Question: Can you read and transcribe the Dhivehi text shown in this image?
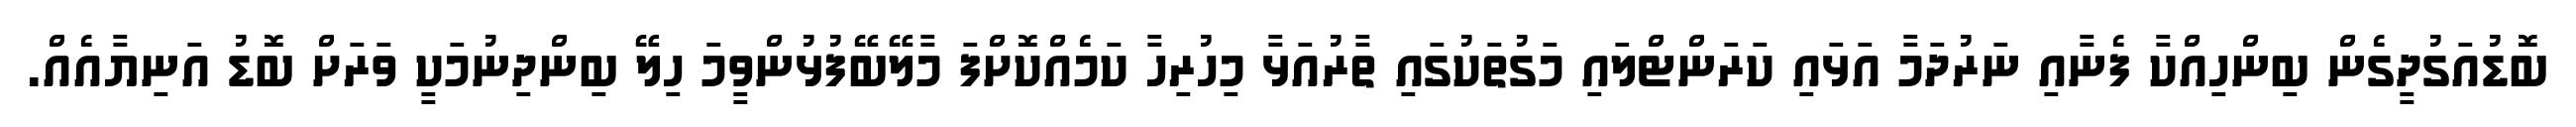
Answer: ބޮޑުއަގުދީގެން ބިންހިއްކާ ފެނާއި ނަރުދަމާ އަޅައި ކަރަންޓްލައި މަގުތަކުގައި ތާރުއަޅާ މިހުރިހާ ކަމެއްކޮށްފަ މާލޭބޭފުޅުންވީމަ ހިލޭ ބިންދިނުމަކީ ވަރަށް ބޮޑު އަނިޔާއެއް.